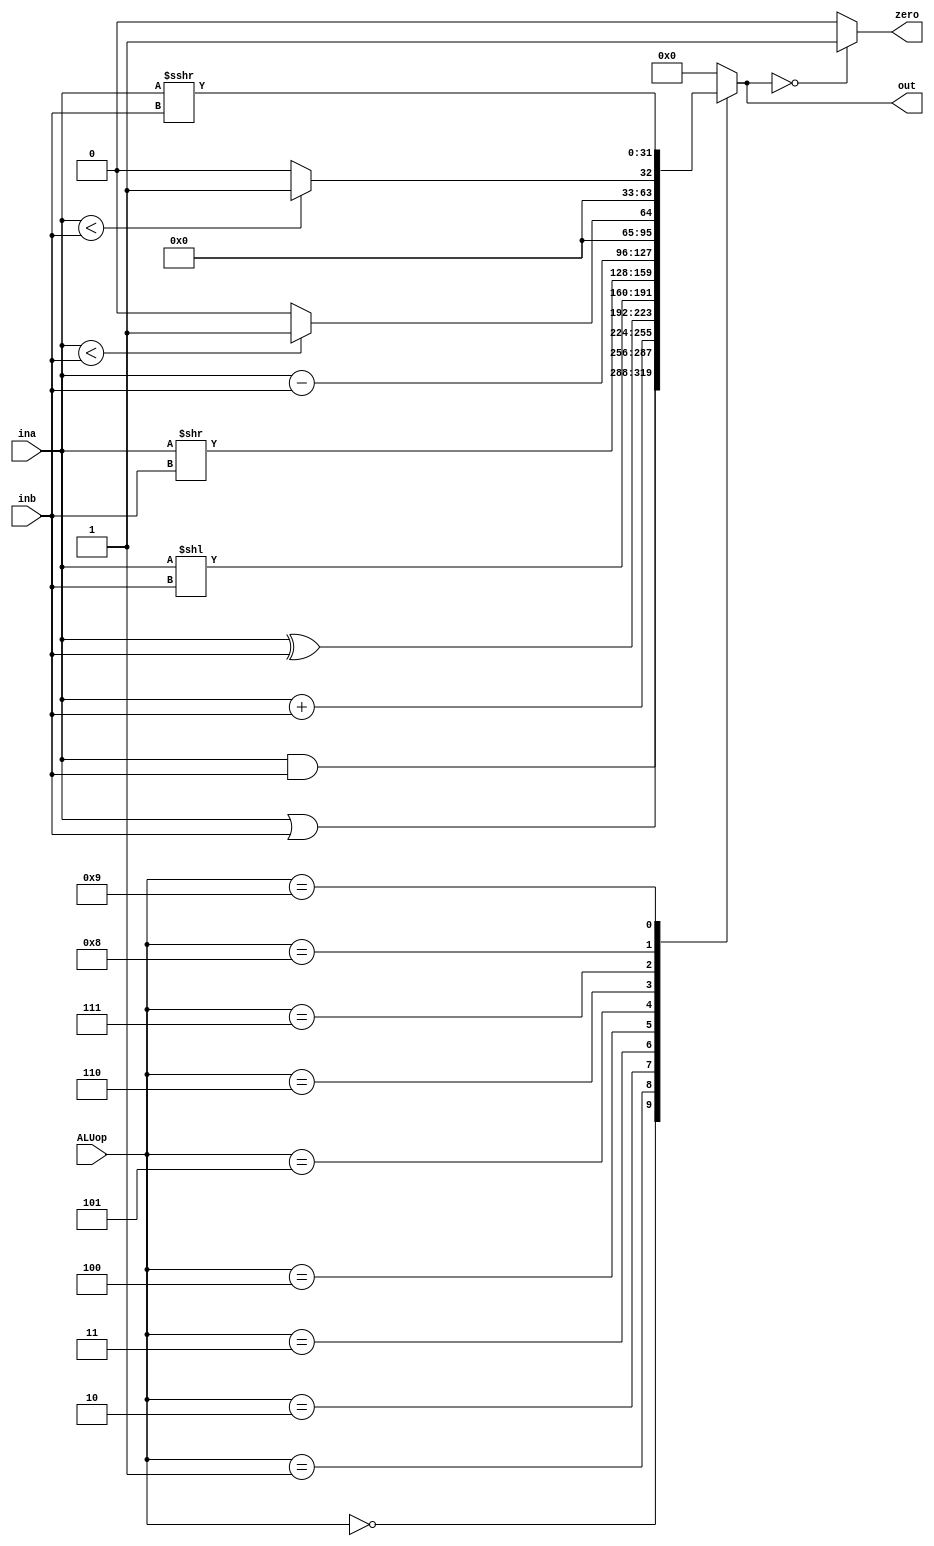
`timescale 1ns / 1ps
//////////////////////////////////////////////////////////////////////////////////
// Company: 
// Engineer: 
// 
// Design Name: 
// Module Name: ALU
// Project Name: 
// Target Devices: 
// Tool Versions: 
// Description: 
// 
// Dependencies: 
// 
// Revision:
// Revision 0.01 - File Created
// Additional Comments:
// 
//////////////////////////////////////////////////////////////////////////////////


module ALU(input [3:0] ALUop,
           input [31:0] ina,inb,
           output zero,
           output reg [31:0] out
);
    always@(ALUop, ina, inb)
    begin
        case(ALUop)
            4'b0000: out = ina & inb; // and
            4'b0001: out = ina | inb; // or
            4'b0010: out = ina + inb; // add, lw, sw
            4'b0011: out = ina ^ inb; // xor
            4'b0100: out = ina << inb; // sll, slli
            4'b0101: out = ina >> inb; // srl, srli
            4'b0110: out = ina - inb; // sub, beq, bne
            4'b0111: out = (ina < inb) ? 1 : 0; // sltu, bltu, bgeu
            4'b1000: out = ($signed(ina) < $signed(inb)) ? 1 : 0; // slt, blt, bge
            4'b1001: out = ina >>> inb; // sra, srai
            default: out = 32'b0;
        endcase
    end
    
    assign zero = (out == 32'b0) ? 1 : 0;
endmodule